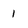
Character: 1